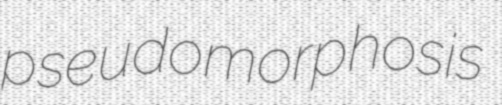
pseudomorphosis